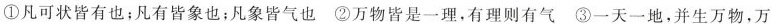
①凡可状皆有也；凡有皆象也；凡象皆气也 ②万物皆是一理，有理则有气 ③一天一地，并生万物，万